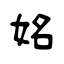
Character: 姳